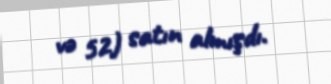
və 52) satın almışdı.